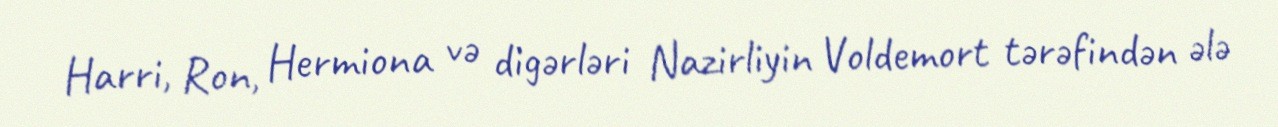
Harri, Ron, Hermiona və digərləri Nazirliyin Voldemort tərəfindən ələ